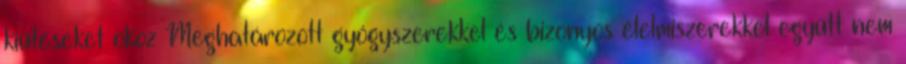
kiütéseket okoz Meghatározott gyógyszerekkel és bizonyos élelmiszerekkel együtt nem